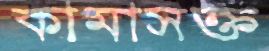
কামাসক্ত